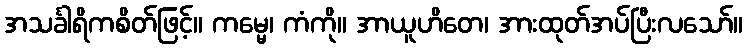
အသင်္ခါရိကစိတ်ဖြင့်။ ကမ္မေ၊ ကံကို။ အာယူဟိတေ၊ အားထုတ်အပ်ပြီးလသော်။